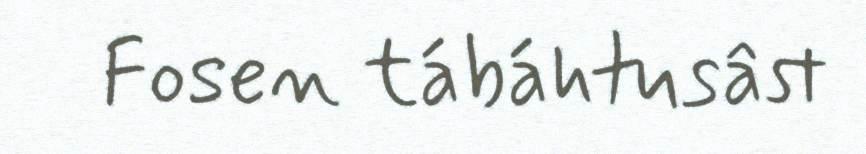
Fosen tábáhtusâst